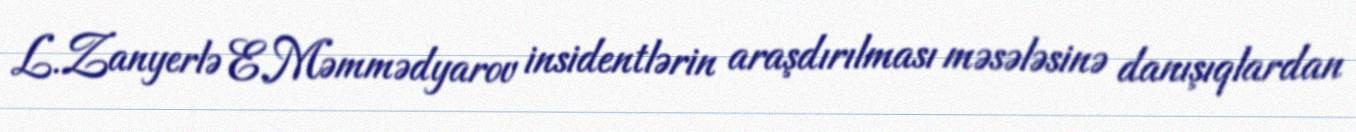
L.Zanyerlə E.Məmmədyarov insidentlərin araşdırılması məsələsinə danışıqlardan